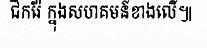
ជីករ៉ែ ក្នុងសហគមន៍ខាងលើ៕